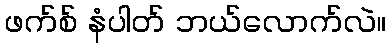
ဖက်စ် နံပါတ် ဘယ်လောက်လဲ။